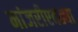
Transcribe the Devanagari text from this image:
मांजरीएवढ्या